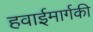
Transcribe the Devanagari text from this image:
हवाईमार्गकी